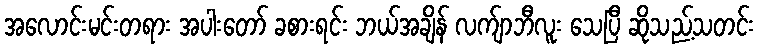
အလောင်းမင်းတရား အပါးတော် ခစားရင်း ဘယ်အချိန် လက်ျာဘီလူး သေပြီ ဆိုသည့်သတင်း